Lunatic asylums Burma 1907-21 - 1907-1921
Year: 1907
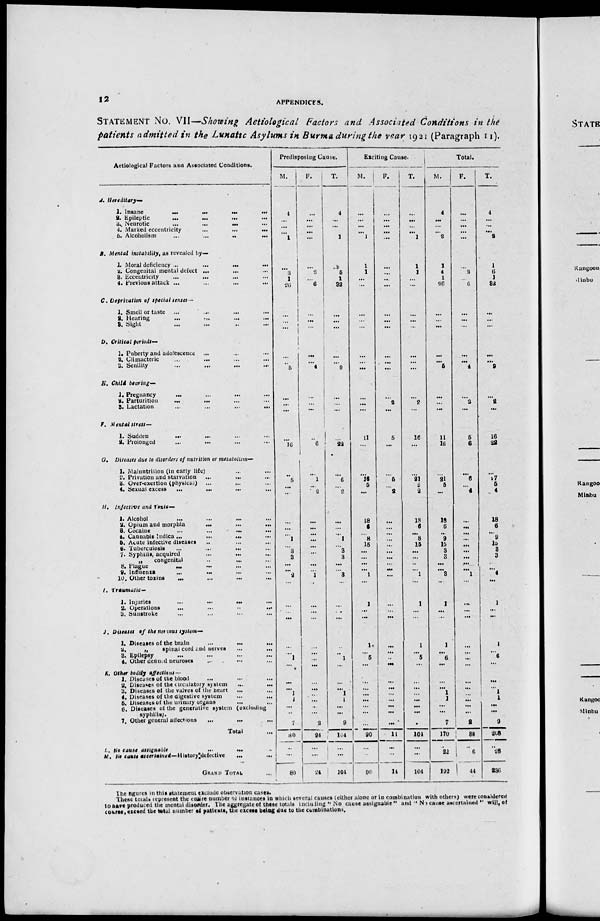
12
APPENDICES.
STATEMENT NO. VII—Showing Aetiological Factors and Associated Conditions in the
patients admitted in the Lunatic Asylums in Burma during the year 1921 (Paragraph II).
Aetiological Factors ana Associated Conditions.
A., Hereditary—
1. Insane
...
...
...
...
2. Epileptic ... ... ... ...
3. Neurotic ... ... ... ...
4. Marked eccentricity
...
...
...
5. Alcoholism
...
...
...
...
B. Mental instability , as revealed by—
1. Moral deficiency ... ... ... ...
2. Congenital mental defect ... ... ...
3. Eccentricity ... ... ...
4. Previous attack ...
...
... ...
C. Deprivation of special senses—
1. Smell or taste ... ... ... ...
2. Hearing ... ... ... ...
3. Sight ... ... ... ...
D. Critical periods—
1. Puberty and adolescence ... ... ...
2. Climacteric ... ... ... ...
3. Senility ... ... ... ...
E. Child bearing—
1. Pregnancy ... ... ... ...
2.
Parturition
...
...
...
...
3. Lactation
...
...
...
...
F. Mental stress—
1. Sudden
...
...
...
...
2. Prolonged ... ... ... ...
G. Diseases due to disorders of nutrition or metabolism—
1. Malnutrition (in early life) ... ... ...
2. Privation and starvation
... ... ... ...
3. Over-exertion (physical) ... ... ...
4. Sexual excess
...
...
...
...
H. Infective and Toxic—
1. Alcohol ... ... ... ... ...
2. Opium and morphia
...
...
...
3. Cocaine ... ... ...
...
...
4. Cannabis Indica ...
...
... ... ...
5. Acute infective diseases ... ... ...
6. Tuberculosis ... ...
...
...
7. Syphilis, acquired
...
...
...
„
congenital
...
... ... ...
8. Plague
...
...
...
...
...
9. Influenza ... ... ... ...
10. Other toxins
...
...
...
...
I. Traumatic—
1. Injuries
...
...
...
...
...
2. Operations
...
...
...
...
3. Sunstroke ... ... ... ... ...
J. Diseases of the nervous system—
1. Diseases of the brain ... ... ... ...
2.
„
spinal cord and nerves
...
...
3. Epilepsy ... ... ... ... ...
4. Other defined neuroses ... ... ... ...
K. Other bodily affections —
1. Diseases of the blood ... ... ... ...
2. Diseases of the circulatory system
...
... ...
3. Diseases of the valves of the heart
... ... ...
4. Diseases of the digestive system ... ... ...
5. Diseases of the urinary organs ... ... ...
6. Diseases of the generative system (excluding
syphilis).
7. Other general affections
...
...
...
Total ...
L. No cause assignable
...
...
...
M. No cause ascertained—History defective ... ...
GRAND TOTAL ...
Predisposing Cause.
M.
4
...
...
...
1
...
3
1
26
...
...
...
...
...
5
...
...
...
...
16
...
5
...
...
...
...
...
1
...
3
3
...
...
1
...
...
...
...
...
...
1
...
...
... ...
1
1
...
7
80
...
...
80
F.
...
...
...
...
...
...
2
...
6
...
...
...
...
...
4
...
...
...
...
6
...
1
...
2
...
...
...
...
...
...
...
...
...
2
...
...
...
...
...
...
...
...
...
...
...
...
...
...
2
24
...
...
24
T.
4
...
...
...
1
...
5
1
32
...
...
...
...
...
9
...
...
...
...
22
...
6
...
2
...
...
...
1
...
3
3
...
...
3
...
...
...
...
...
...
1
...
...
...
...
1
1
...
9
104
...
...
104
Exciting Cause.
M.
...
...
...
...
1
1
1
...
...
...
...
...
...
...
...
...
...
...
11
...
...
16 5
...
18
6
...
8
15
...
...
...
...
1
...
1
...
...
1
...
5
...
...
...
...
...
...
...
...
90
...
...
90
F.
...
...
...
...
...
...
...
...
...
...
...
...
...
...
...
...
2
...
5
...
...
5
...
2
...
...
...
...
...
...
...
...
...
...
...
...
...
...
...
...
...
...
...
...
...
...
...
...
...
14
...
...
14
T.
...
...
...
...
1
1
1
...
...
...
...
...
...
...
...
...
2
...
16
...
...
21
5
2
18
6
...
8
15
...
...
...
...
1
...
1
...
...
1
...
5
...
...
...
...
...
...
...
...
104
...
...
104
Total.
M.
4
...
...
...
2
1
4
1
26
...
...
...
...
...
5
...
...
...
11
16
...
21
5
...
18
6
...
9
15
3
3
...
...
3
...
1
...
...
1
...
6
...
...
...
1
1
...
...
7
170
...
22
192
F.
...
...
...
...
...
...
2
...
6
...
...
...
...
...
4
...
2
...
5
6
...
6
...
4
...
...
...
...
...
...
...
...
...
1
...
...
...
...
...
...
...
...
...
...
...
...
...
...
8
38
...
6
44
T.
4
...
...
...
9
1
6
1
32
...
...
...
...
...
9
...
2
...
16
22
...
27
5
4
18
6
...
9
15
3
3
...
...
4
...
1
...
...
1
...
6
...
...
...
1
1 ...
...
0
208
...
28
236
The figures in this statement exclude observation cases.
These totals represent the entire number of instances in which several causes (either alone or in combination with others) were considered
to have produced the mental disorder. The aggregate of these totals including " No cause assignable" and " No cause ascertained " will, of
couses, exceed the total number of patients, the excess being due to the combinations.